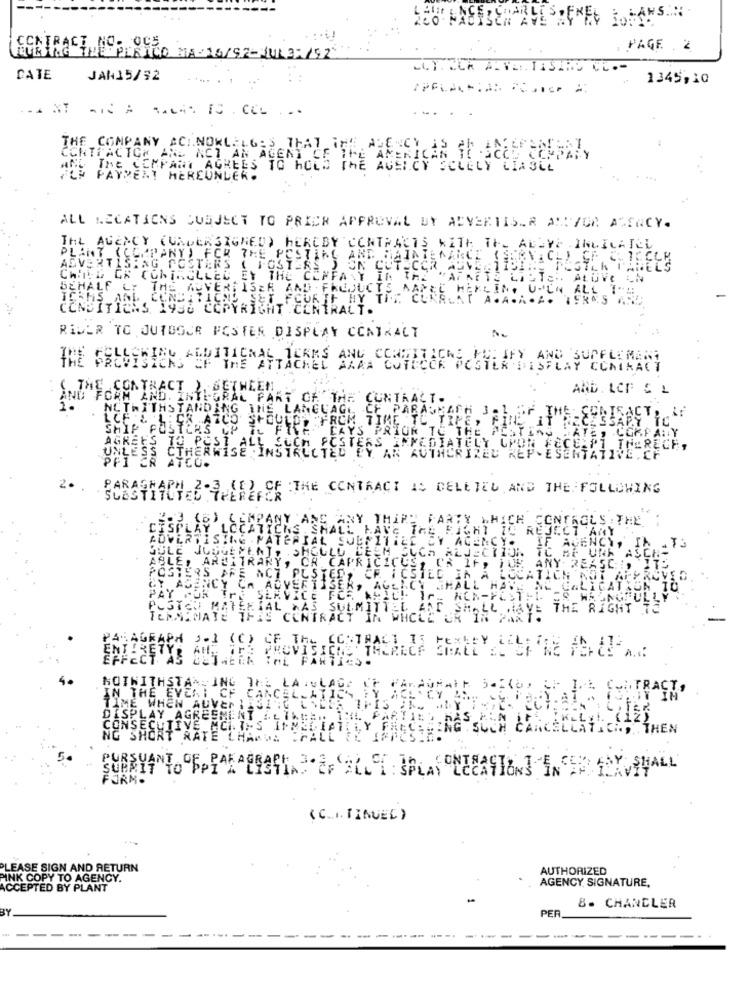
CONTRACT NO. OC5
PAGE 2
ESINE THE PERICO MAY16/92-JUL35/92
COTECA ALVER TASARO CL .-
CATE
JAH15/92
1
1345,10
.. IT GIN A SALAS IS COL . ..
CONTRACTCK
THE COMPANY ACI.NOKLELGES THAT THE AUENCY IS Ch.ENFEFERLERI,
AND ACT AN AGENT CE THE AMERICAN
THE COMPANY AGREES TO HOLD THE AGENCY SOLELY LIABLE
FCP PAYMENT MEREUNLER.
ALL LOCATIONS SUBJECT TO PRICH APPROVAL BY ADVERTISER ANIYOR AGENCY.
THE AGENCY (UNDERSIGNED) HEREBY CONTRACTS WITH THE ALLYe INDICATED
PLANT (COMPANY) FOR THE POSTING AND MAINTENANCE (FERMICLL GF CIRCLE
ADVERTISING POSTERS ( POSTERS ) ON CUTECOR AUVE,11BINE PESTLK
CHIIND OF CONTROLLED BY THE COMPANY IN THE PAFRETE WINTER ALOVE IN
BEHALF OF THE ADVERTISER AND FREOUCTS MANGE HEKLING UP IN ALL THE.
FOUR IF MY THE CUKRLAT A.A.A . A. TERAS AND
CONDITIONS 1990 COPYRIGHT CENTRALT.
RIDER TO OUTDOOR POSTER DISPLAY CONTRACT
THE CONTRACT ), SETHEE!
AND. LCF & L
GRAL PART OF THE CONTRACT.
1.
NOTWITHSTANDING THE LANGUAGE, CE PARASKATH 1.1.57
CESSARY IC
ISACT. IF
ICE E LICK AZCO SHOULD, FROM TIME TO IRE, FINE
"FOSTERS UP IL FIVE DAYS PRIOR TO THE
2 -COMPANY
AGREES TO POST ALL
POSTERS INMEDIATELY
THERECE,
UNLESS CTHERWISE INSTALLTED PY AN AUTHORIZED
SENTATIVE . CF
PFI ER AICO.
(I) OF THE CONTRACT IS DELETED AND THE FOLLOWING
SUBSTITUTED TREREFER
(S) COMPANY ANS
ANY THIRD PARTY WHICH CONTROLS THE
AY LCCATICKS SHALL HAVE THE RIGHT TO REJECT ANY
ERTISING MATERIAL SULFITILE CY AGENCY.
IF AGENCY, IN ATS
JUDGEMENT, . SHOULD CEEM SUCH ALJECTION
TC ME UNA AS
ABLE!
ARBITRARY, CH CAPRICICCS
POSTERS ARE ACT PUSTED, CE ICSTED IN A LOCATION NOT APPROVED
PAY
AGENCY CA ADVERTISER, AGENCY SHALL HAR
NE CALICATION IO
CHIAL >AS SULMITTEL ART SHALL HAVE
THE RIGHT
TERMINATE THIS CONTRACT IN WHOLE OR IN PART
ARM 201 (C) CE The CONTRACT IS PERLEY LOL: "
ENTRETYR AND TE PROVISETHE THERACE FALL AL OF RE FERRA ...
HOTWITHSTAN,ING BAL LA.wLAGE VE CARADAMIT SEEKOD ST.I.L C-TRACT,
IN THE EVER! CF CANCELLATIEN,
TIME WHEN ADVERTISING ASLES THIS TE MAY
DISPLAY AGREEMENT ALINTE IRA PARTIE
HACKING SUCH CANCELLATION, THEN
CONSECUTIVE MCITES INECIATALY
SUBMIT TO PPI A LISTIN 2F ELLI SPLAY NECATION] INFER HEN SHALL
FORM.
(C.I. TINUEL )
PLEASE SIGN AND RETURN
AUTHORIZED
PINK COPY TO AGENCY.
AGENCY SIGNATURE,
ACCEPTED BY PLANT
8. CHANDLER
BY
PER
---------